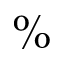
\%